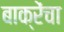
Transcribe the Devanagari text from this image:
बाक्रेंचा